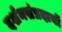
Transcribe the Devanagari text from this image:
दर्शनसंप्रदायों